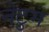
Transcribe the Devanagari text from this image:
नेटुम